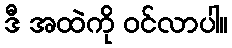
ဒီ အထဲကို ဝင်လာပါ။